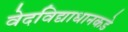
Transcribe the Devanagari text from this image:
वेदविद्याधानकडे